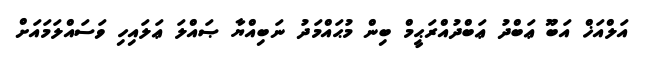
އަލްއަޚް އަބޫ ޢަބްދު ޢަބްދުއްރަޙީމް ބިން މުޙައްމަދު ނަބިއްޔާ ޞައްލަ ޢަލައިހި ވަސައްލަމައަށް